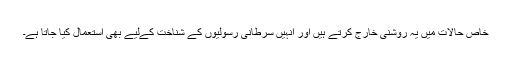
خاص حالات میں یہ روشنی خارج کرتے ہیں اور انہیں سرطانی رسولیوں کے شناخت کےلیے بھی استعمال کیا جاتا ہے۔